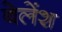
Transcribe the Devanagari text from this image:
बेलेंश